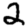
Digit: 2